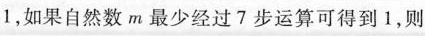
1$$，如果自然数m最少经过7步运算可得到1，则